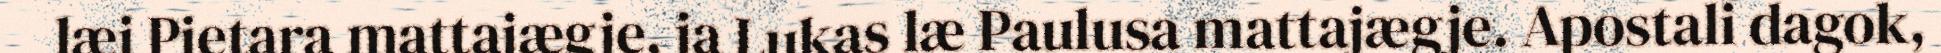
læi Pietara mattajægje, ja Lukas læ Paulusa mattajægje. Apostali dagok,